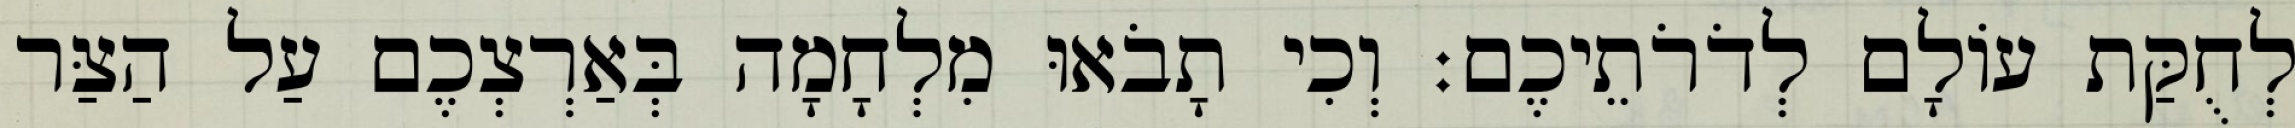
לְחֻקַּת עוֹלָם לְדֹרֹתֵיכֶם׃ וְכִי תָבֹאוּ מִלְחָמָה בְּאַרְצְכֶם עַל הַצַּר